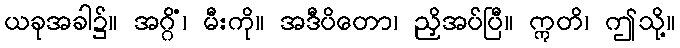
ယခုအခါ၌။ အဂ္ဂိံ၊ မီးကို။ အဒီပိတော၊ ညှိအပ်ပြီ။ ဣတိ၊ ဤသို့။